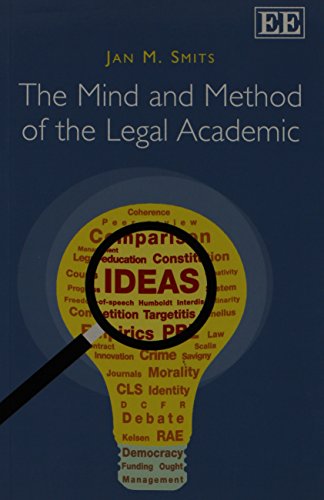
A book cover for The Mind and Method of the Legal Academic; Jan M. Smits; Law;